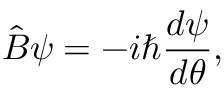
{ \hat { B } } \psi = - i \hbar { \frac { d \psi } { d \theta } } ,